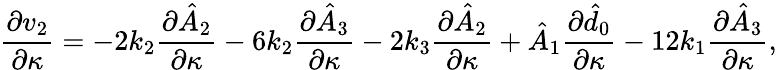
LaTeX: \frac{\partial v_{2}}{\partial\kappa}=-2k_{2}\frac{\partial\hat{A}_{2}}{\partial\kappa}-6k_{2}\frac{\partial\hat{A}_{3}}{\partial\kappa}-2k_{3}\frac{\partial\hat{A}_{2}}{\partial\kappa}+\hat{A}_{1}\frac{\partial\hat{d}_{0}}{\partial\kappa}-12k_{1}\frac{\partial\hat{A}_{3}}{\partial\kappa},